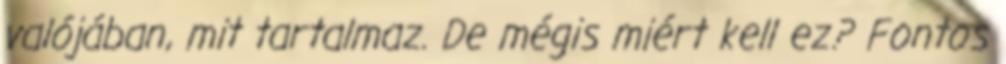
valójában, mit tartalmaz. De mégis miért kell ez? Fontos